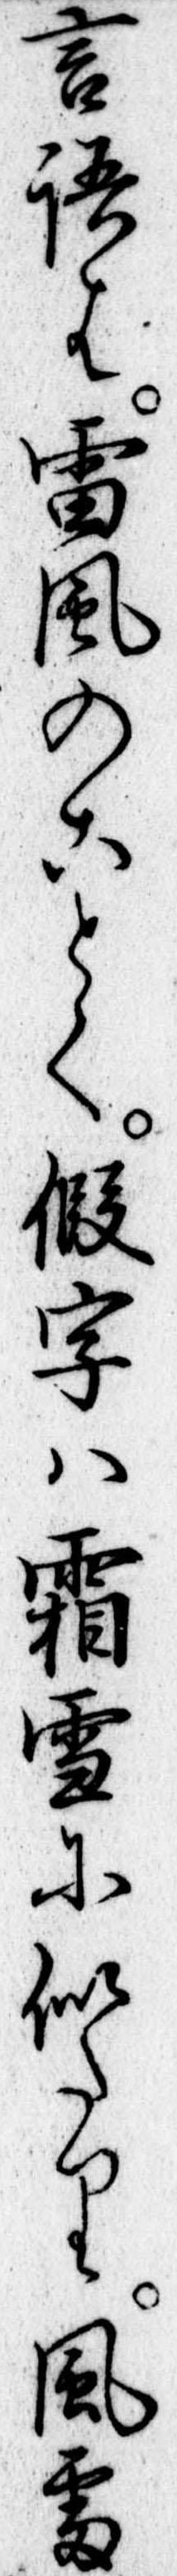
言語は雷風のことく仮字は霜雪に似たり風雷